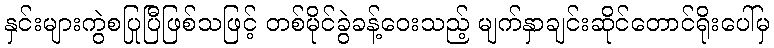
နှင်းများကွဲစပြုပြီဖြစ်သဖြင့် တစ်မိုင်ခွဲခန့်ဝေးသည့် မျက်နှာချင်းဆိုင်တောင်ရိုးပေါ်မှ